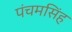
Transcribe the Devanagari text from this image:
पंचमसिंह